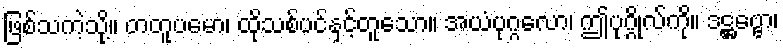
ဖြစ်သကဲ့သို့။ တတူပမော၊ ထိုသစ်ပင်နှင့်တူသော။ အယံပုဂ္ဂလော၊ ဤပုဂ္ဂိုလ်ကို။ ဒဋ္ဌဗ္ဗော၊